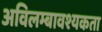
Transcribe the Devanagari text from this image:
अविलम्बावश्यकता